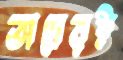
তাদেরই